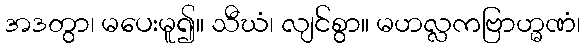
အဒတွာ၊ မပေးမူ၍။ သီဃံ၊ လျင်စွာ။ မဟလ္လကဗြာဟ္မဏံ၊